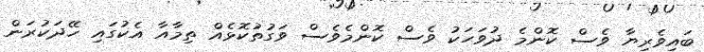
ބައިވެރިޔާ ވެސް ކޮންމެ ދުވަހަކު ވެސް ކޮންމެވެސް ވަގުތުކޮޅެއް ތިމާއާ އެކުގައި ހޭދަކުރަން